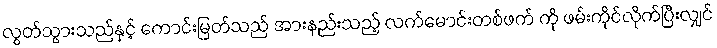
လွတ်သွားသည်နှင့် ကောင်းမြတ်သည် အားနည်းသည့် လက်မောင်းတစ်ဖက် ကို ဖမ်းကိုင်လိုက်ပြီးလျှင်